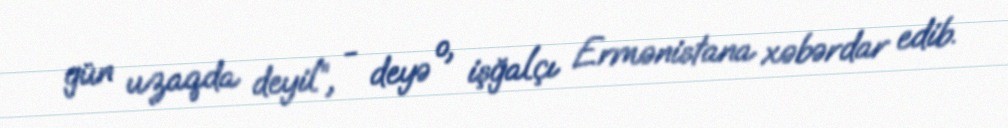
gün uzaqda deyil”, - deyə o, işğalçı Ermənistana xəbərdar edib.